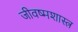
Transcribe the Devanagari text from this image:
जीवष्मशास्त्र